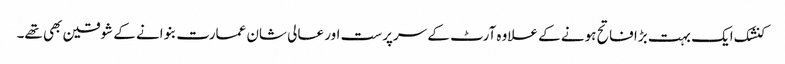
کنشک ایک بہت بڑا فاتح ہونے کے علاوہ آرٹ کے سرپرست اور عالی شان عمارت بنوانے کے شوقین بھی تھے۔